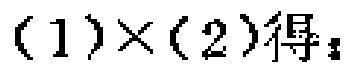
$(1)\times(2)得：$